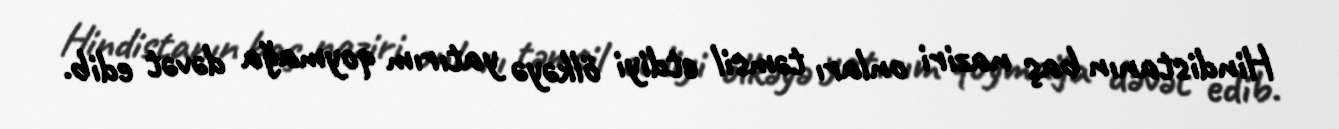
Hindistanın baş naziri onları təmsil etdiyi ölkəyə yatırım qoymağa dəvət edib.